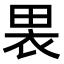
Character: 𫞫